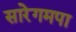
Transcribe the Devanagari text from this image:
सारेगमपा